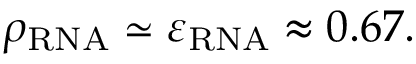
\rho _ { \mathrm { R N A } } \simeq \varepsilon _ { \mathrm { R N A } } \approx 0 . 6 7 .